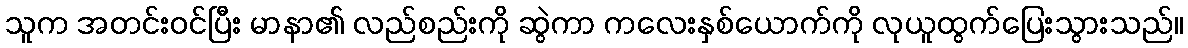
သူက အတင်းဝင်ပြီး မာနာ၏ လည်စည်းကို ဆွဲကာ ကလေးနှစ်ယောက်ကို လုယူထွက်ပြေးသွားသည်။